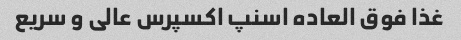
غذا فوق العاده اسنپ اکسپرس عالی و سریع